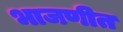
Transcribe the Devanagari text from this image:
भाजणीत